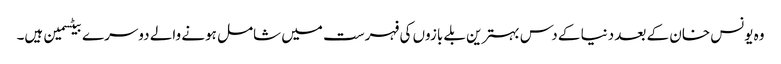
وہ یونس خان کے بعد دنیا کے دس بہترین بلے بازوں کی فہرست میں شامل ہونے والے دوسرے بیٹسمین ہیں۔